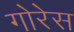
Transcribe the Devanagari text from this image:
गोरेस